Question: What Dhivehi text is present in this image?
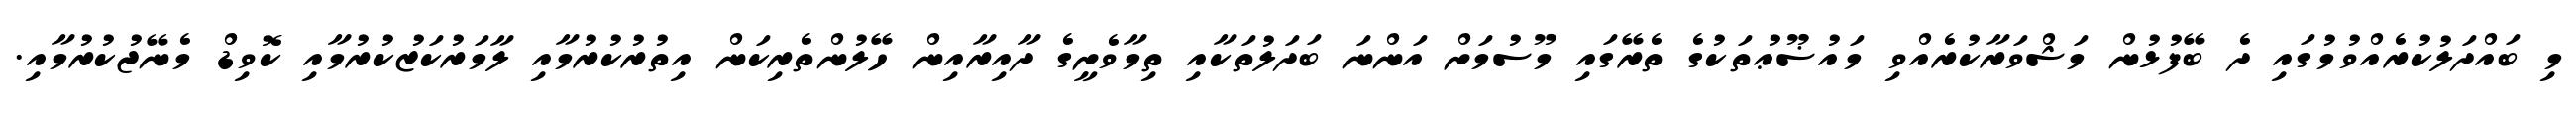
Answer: މި ބައްދަލުކުރެއްވުމުގައި ދެ ބޭފުޅުން މަޝްވަރާކުރެއްވި މައުޟޫޢުތަކުގެ ތެރޭގައި މޫސުމަށް އަންނަ ބަދަލުތަކާއި ތިމާވެށީގެ ދާއިރާއިން ހޭލުންތެރިކަން އިތުރުކުރުމާއި ލާމަރުކަޒުކުރުމާއި ކޮވިޑް މެނޭޖުކުރުމާއި.